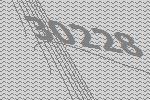
30228